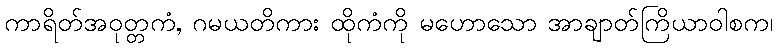
ကာရိတ်အဝုတ္တကံ, ဂမယတိကား ထိုကံကို မဟောသော အာချာတ်ကြိယာဝါစက၊